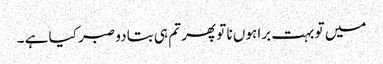
میں تو بہت برا ہوں نا تو پھر تم ہی بتا دو صبر کیا ہے ۔